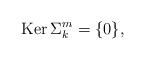
LaTeX: \begin{align*}\operatorname{Ker} \Sigma_k^m =\{0\},\end{align*}